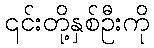
၎င်းတို့နှစ်ဦးကို